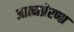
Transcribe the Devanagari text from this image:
आत्मप्रेरणा